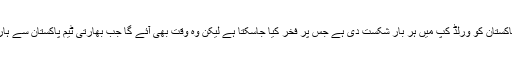
تاہم انھوں نے یہ بھی کہا کہ بھارت نے یقیناً پاکستان کو ورلڈ کپ میں ہر بار شکست دی ہے جس پر فخر کیا جاسکتا ہے لیکن وہ وقت بھی آئے گا جب بھارتی ٹیم پاکستان سے ہار بھی سکتی ہے اور یہ ریکارڈ ٹوٹ سکتا ہے۔